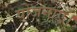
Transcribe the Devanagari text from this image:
योजनाएँ।